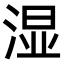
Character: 湿